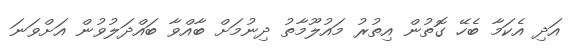
އަދި އެކަމާ ބެހޭ ގޮތުން އިތުރު މައުލޫމާތު ދިނުމަށް ބާއްވާ ބައްދަލުވުން އަށްވަނަ